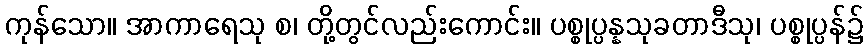
ကုန်သော။ အာကာရေသု စ၊ တို့တွင်လည်းကောင်း။ ပစ္စုပ္ပန္နသုခတာဒီသု၊ ပစ္စုပ္ပန်၌